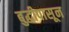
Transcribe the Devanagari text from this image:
बुद्धीपासून